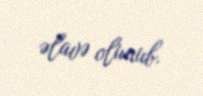
əlavə olunub.